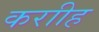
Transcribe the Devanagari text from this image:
कराीह